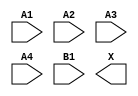
module sky130_fd_sc_lp__o41a (
    //# {{data|Data Signals}}
    input  A1,
    input  A2,
    input  A3,
    input  A4,
    input  B1,
    output X
);

    // Voltage supply signals
    supply1 VPWR;
    supply0 VGND;
    supply1 VPB ;
    supply0 VNB ;

endmodule